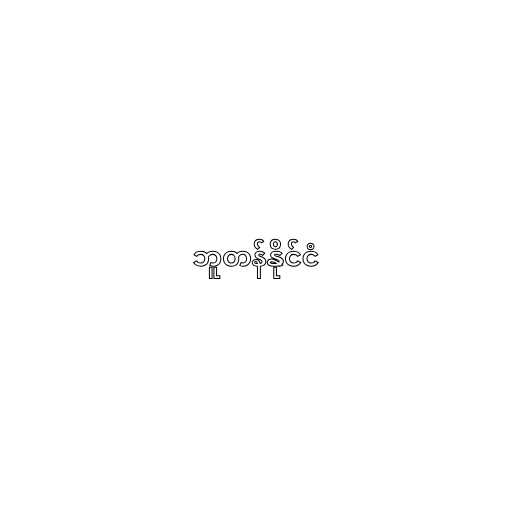
ဘူတန်နိုင်ငံ